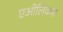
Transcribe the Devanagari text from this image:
एओलिकस